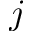
j